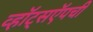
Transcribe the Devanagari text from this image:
व्हॉट्सऍपची